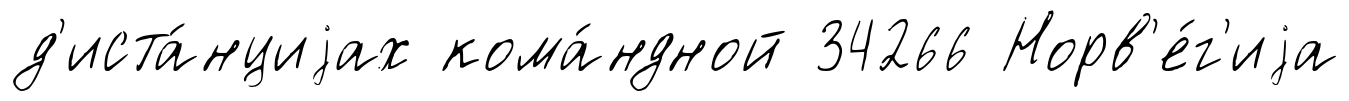
д'иста́нциjах кома́ндной 34266 Норв'е́г'иjа